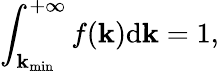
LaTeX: \int_{\mathbf{k}_{\operatorname*{min}}}^{+\infty}f(\mathbf{k})\mathrm{{d}}\mathbf{k}=1,